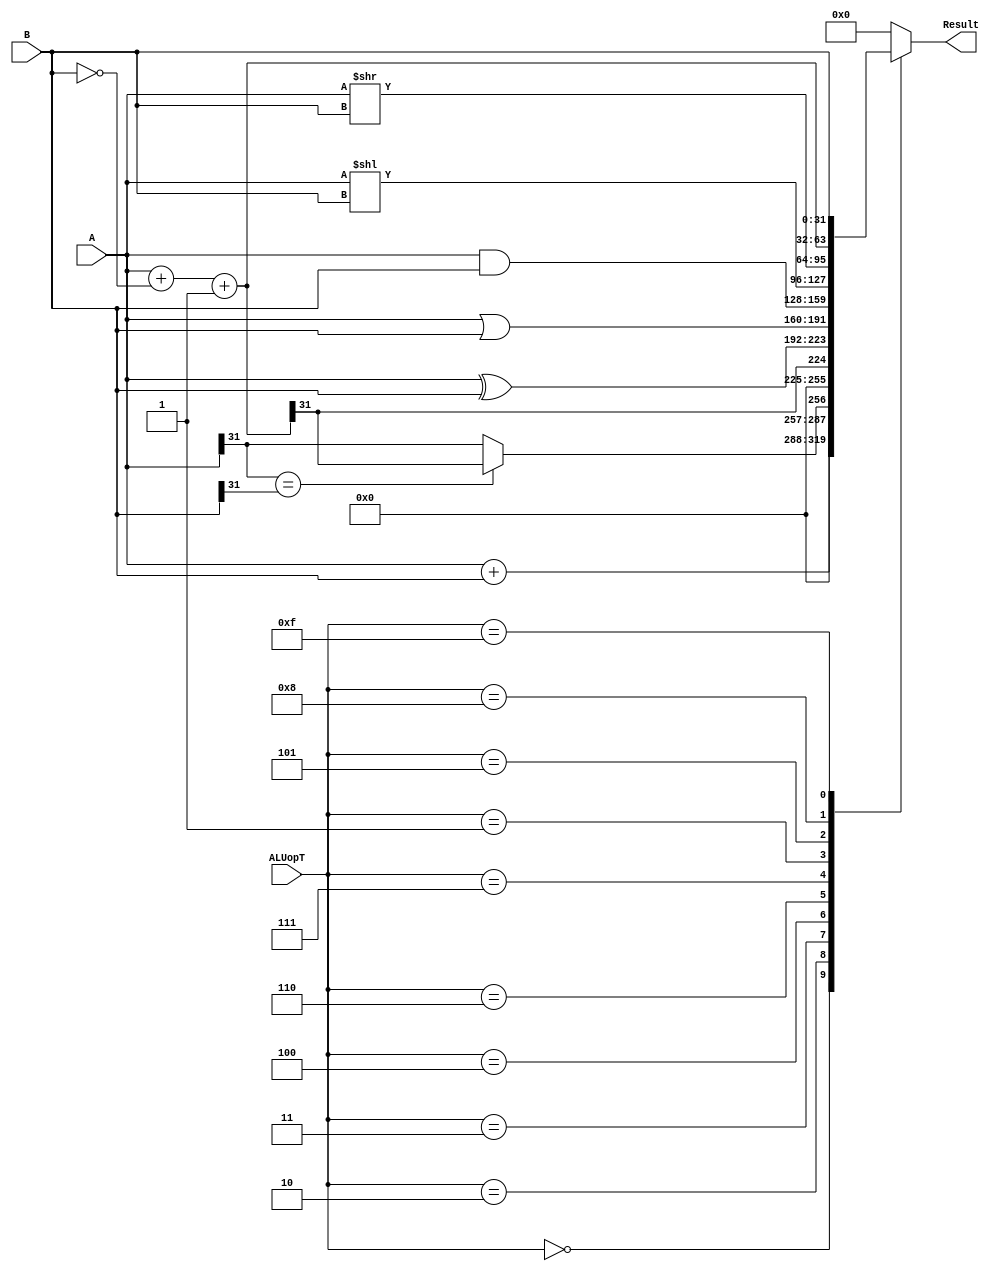
// Code your design here
module ALU(A,B,ALUopT,Result);

input [31:0] A,B;
input [3:0] ALUopT;
output reg [31:0] Result;

reg [31:0] temp;
reg temp2;
// a=5 b=A
always@(*)
 begin
            Result=32'h00000000;//default
            case(ALUopT)
                4'b0000:Result=A+B;//ALUopT=add\addi;
                4'b0010:begin //ALUopT=slt\slti;
                            temp=A+(~B)+1;
                            temp2=(A[31]==B[31])? temp[31]:A[31];
                            Result={31'b0,temp2};
                        end
                4'b0011:begin //ALUopT=sltu\sltui;//?????????
                            temp=A+(~B)+1;
                            temp2=temp[31];
                            Result={31'b0,temp2};
                        end
                4'b0100:Result=A^B;//ALUopT=xor\xori;
                4'b0110:Result=A|B;//ALUopT=or\ori;
                4'b0111:Result=A&B;//ALUopT=and\andi;
                4'b0001:Result=A<<B;//ALUopT=sll\slli;
                4'b0101:Result=A>>B;//ALUopT=srl\srli;
                //4'b1101:ALUopT=sra\srai
                4'b1000:Result=A+(~B)+1;//ALUopT=sub;
                4'b1111:Result=B;//lui
            endcase
        end

endmodule